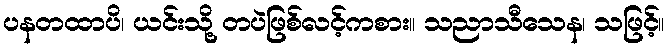
ပနတထာပိ၊ ယင်းသို့ တပဲဖြစ်လင့်ကစား။ သညာသီသေန၊ သဖြင့်။